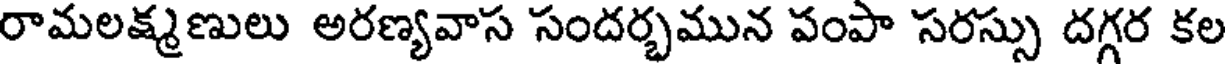
రామలక్ష్మణులు అరణ్యవాస సందర్భమున పంపా సరస్సు దగ్గర కల